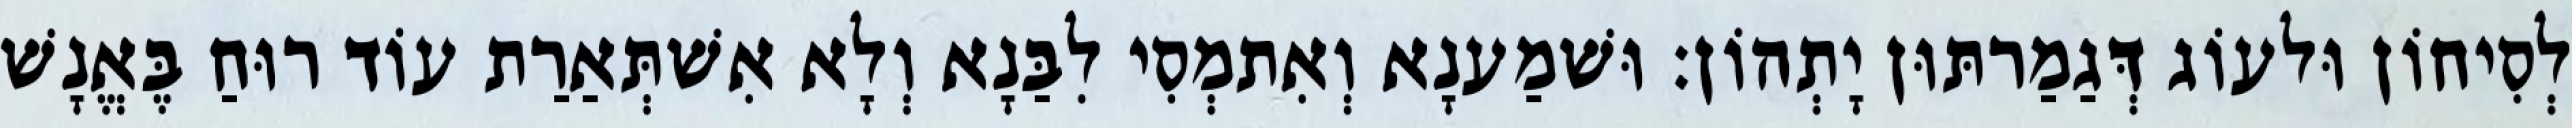
לְסִיחוֹן וּלעוֹג דְּגַמַרתּוּן יָתְהוֹן׃ וּשׁמַענָא וְאִתמְסִי לִבַּנָא וְלָא אִשׁתְּאַרַת עוֹד רוּחַ בֶּאֱנָשׁ